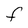
Character: f